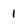
Character: 1